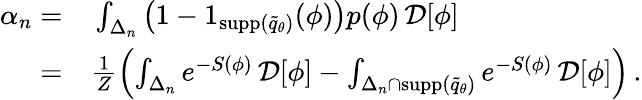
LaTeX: \begin{array}{rl}{\alpha_{n}=}&{{}\int_{\Delta_{n}}\left(1-1_{{\textrm{supp}}(\widetilde{q}_{\theta})}(\phi)\right)p(\phi)\, \mathcal{D}[\phi]}\\ {=}&{{}\frac{1}{Z}\left(\int_{\Delta_{n}}e^{-S(\phi)}\, \mathcal{D}[\phi]-\int_{{\Delta_{n}}\cap{{{\textrm{supp}}(\widetilde{q}_{\theta})}}}e^{-S(\phi)}\, \mathcal{D}[\phi]\right)\, .}\end{array}